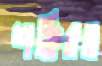
শক্তিরও